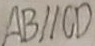
A B / / C D